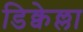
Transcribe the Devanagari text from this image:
डिक्वेल्ला